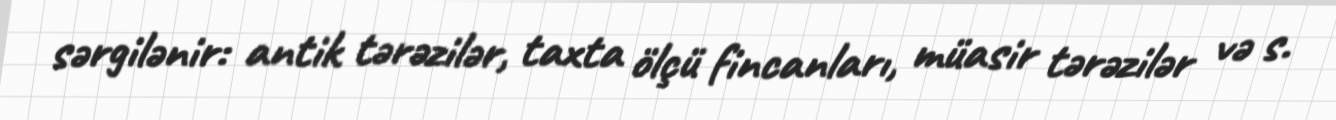
sərgilənir: antik tərəzilər, taxta ölçü fincanları, müasir tərəzilər və s.